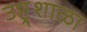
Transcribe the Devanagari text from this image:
उष्ट्र्शाळा